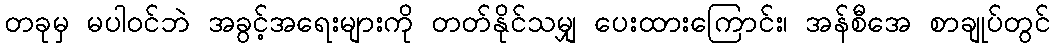
တခုမှ မပါဝင်ဘဲ အခွင့်အရေးများကို တတ်နိုင်သမျှ ပေးထားကြောင်း၊ အန်စီအေ စာချုပ်တွင်